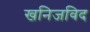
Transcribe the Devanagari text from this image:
खनिजविद